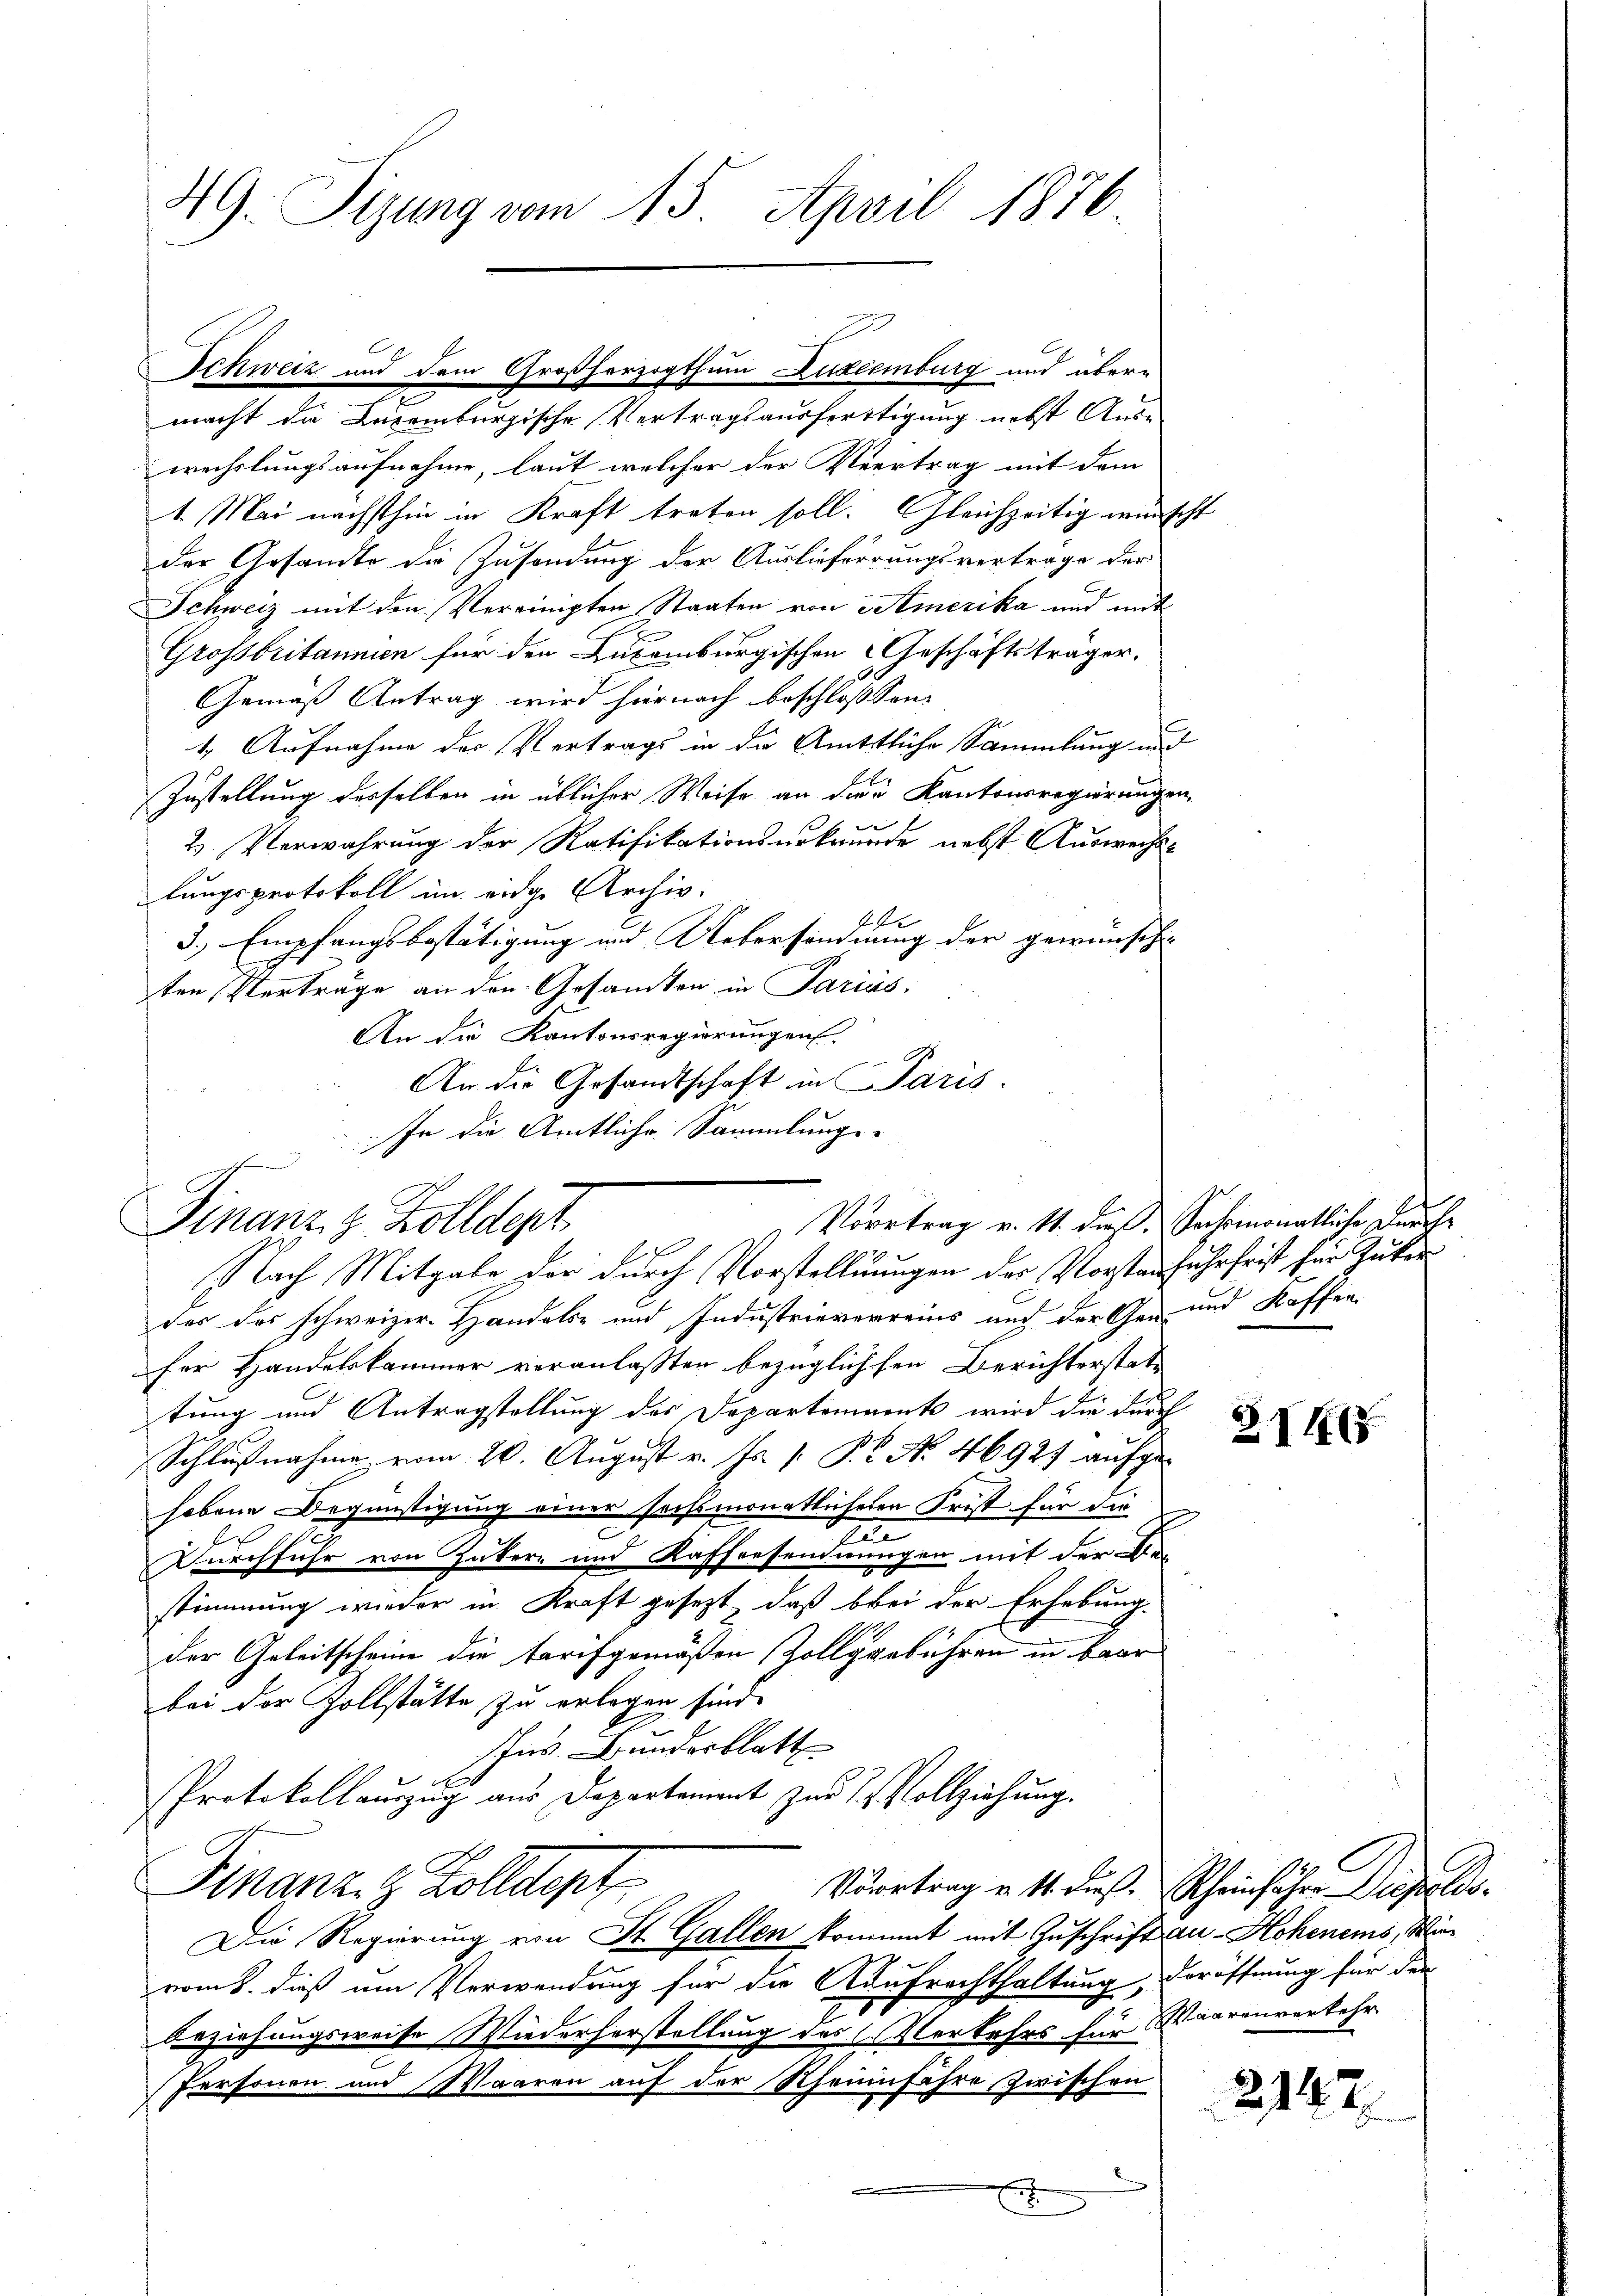
49. Sizung vom 15. April 1876

macht die Luxenburgische Vertragsausfertigung nebst Aus-
erechslungsaufnahme, laut welcher der Vertrag mit dem
1. Mai nächsthin in Kraft treten soll. Gleichzeitig wünscht
der Gesandte die Zusendung der Auslieferrungsvertrage der
Schweiz mit den Vereinigten Staaten von Amerika und mit
Grossbritannien für den Zusamburgischen Geschäftsträger.
Gemäß Antrag wird hiernach beschlossen,
4. Aufnahme des Vertrags in die Mittliche Sammlung und
Zustellung desselben in üblicher Weise an die Kantonsregierungen,
e
2. Verwahrung der Ratifikationsurkunde nebst Auswechs-
lungsprotokoll im eidge Archiv.
t
3.) Empfangsbestätigung und Uebersandnung der gewünsch
ten Vertrage an den Gesandten in Parias.
An die Kantonsregierungen. I
An die Gesandtschaft in Paris.
In die Amtliche Sammlungs-

Schweiz und dem Großherzogthum Luzeemburg und übere

Vortrag v. 11. dieß Sachemonatliche Durche
Finanzz Zolldept
f
.
Nach Mitgabe der durch Vorstelluungen der Vorstanfuhr frist für Güter

der des schweizer Handels- und Industrieverreins und der Gen- und Kaffen
ser Handelskammer veranlaßten bezüglichsen Berichterstattung und Antragstellung des Departements wird die durch
Schlŭβnahme vom 20. August v. Js. v. Pr. No 46927 aufge-
hobene Begünstigung einer sechsmonatlicheren Frist für die
t
Durchfuhr von Zukere und Kaffeesendnungen mit der Ver
stimmung wieder in Kraft gesezt, daß bei der Erhebung.
der Geleitscheine die Tarifgemäßen Zollggebühren in baar
bei der Zollstätte zu erlegen sind.
Ins Bundesblatt
d
Protokollauszug aus Departement zur Vollziehung.
Finanz z. Zolldept
Vörrtrag v. 14. dieß. Rheinführe Dippolds¬
Die Regierung von St. Gallen kommt mit Zuschrift au. Hohenems, Winvom 8. dieß um Verwendung für die Aufrachthaltung, Veröffnung für den
Beziehungsweise Wiederherstellung des CVerkehrs für Waarenverkehr
Personen und Waaren auf der Theinfahre zwischen
E

31465

2147.